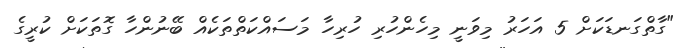
"ގާތްގަނޑަކަށް 5 އަހަރު މިވަނީ މިހެންހުރި ހުރިހާ މަސައްކަތްތަކެއް ބޭނުންހާ ގޮތަކަށް ކުރީގެ